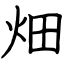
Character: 畑